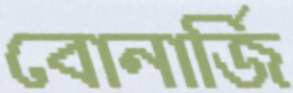
বোনার্জি